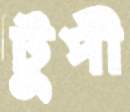
টুপী